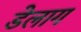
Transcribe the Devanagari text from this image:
डेलाग